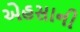
એહસાની